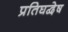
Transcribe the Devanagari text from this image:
प्रतिघद्वेष